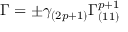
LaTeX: \Gamma = \pm \gamma _ { ( 2 p + 1 ) } \Gamma _ { ( 1 1 ) } ^ { p + 1 }